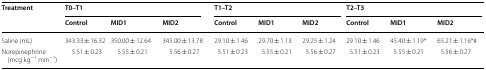
<table><thead><tr><td rowspan="2"><b>Treatment</b></td><td colspan="3"><b>T0–T1</b></td><td colspan="3"><b>T1–T2</b></td><td colspan="3"><b>T2–T3</b></td></tr><tr><td><b>Control</b></td><td><b>MID1</b></td><td><b>MID2</b></td><td><b>Control</b></td><td><b>MID1</b></td><td><b>MID2</b></td><td><b>Control</b></td><td><b>MID1</b></td><td><b>MID2</b></td></tr></thead><tbody><tr><td>Saline (mL)</td><td>343.33 ± 16.32</td><td>350.00 ± 12.64</td><td>345.00 ± 13.78</td><td>29.10 ± 1.46</td><td>29.70 ± 1.13</td><td>29.25 ± 1.24</td><td>29.10 ± 1.46</td><td>45.40 ± 1.19*</td><td>65.21 ± 1.16*#</td></tr><tr><td>Norepinephrine (mcg kg<sup>−1</sup> min<sup>−1</sup>)</td><td>5.51 ± 0.23</td><td>5.55 ± 0.21</td><td>5.56 ± 0.27</td><td>5.51 ± 0.23</td><td>5.55 ± 0.21</td><td>5.56 ± 0.27</td><td>5.51 ± 0.23</td><td>5.55 ± 0.21</td><td>5.56 ± 0.27</td></tr></tbody></table>